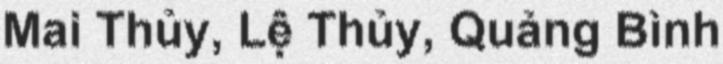
Mai Thủy, Lệ Thủy, Quảng Bình